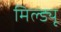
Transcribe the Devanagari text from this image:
मिल्ड्यू